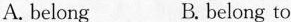
A. belong B. belong to